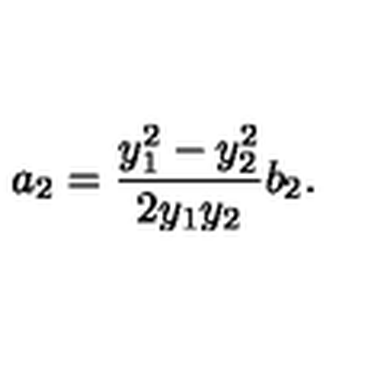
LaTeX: a _ { 2 } = \frac { y _ { 1 } ^ { 2 } - y _ { 2 } ^ { 2 } } { 2 y _ { 1 } y _ { 2 } } b _ { 2 } .